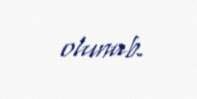
olunub.